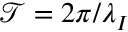
\mathcal { T } = 2 \pi / \lambda _ { I }